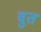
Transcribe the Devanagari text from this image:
वुत